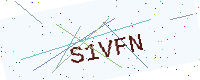
Text: S1VFN